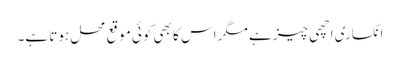
انکساری اچھی چیز ہے مگر اس کا بھی کوئی موقع محل ہوتا ہے۔